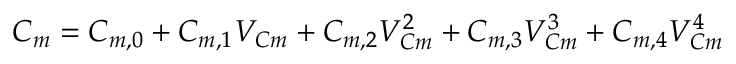
C _ { m } = C _ { m , 0 } + C _ { m , 1 } V _ { C m } + C _ { m , 2 } V _ { C m } ^ { 2 } + C _ { m , 3 } V _ { C m } ^ { 3 } + C _ { m , 4 } V _ { C m } ^ { 4 }